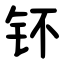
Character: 钚